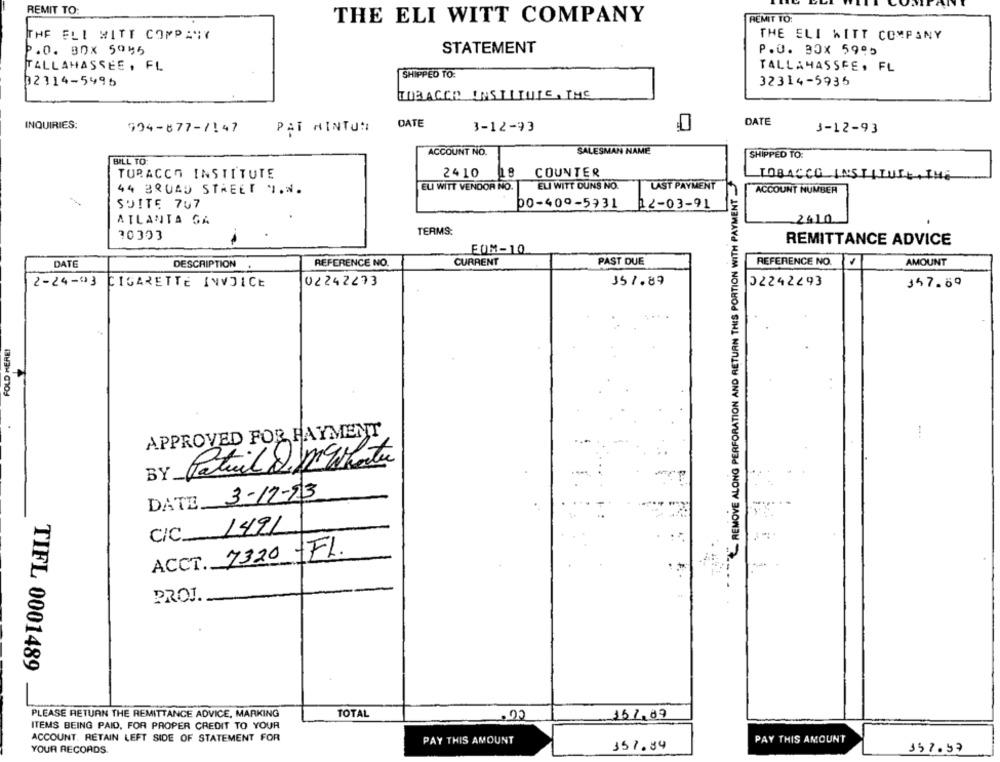
REMIT TO:
THE ELI WITT COMPANY
REMIT TO:
THE ELI WITT COMPANY
THE ELI WITT COMPANY
P.O. BOX 5086
STATEMENT
P.U. 30x 5995
TALLAHASSEE , FL
TALLAHASSEE, FL
SHIPPED TO.
02114-5995
32314-5935
TOBACCO INSTITUTE, THE
DATE
INQUIRIES:
994-877-7147
PAT HINTUN
DATE
3-12-93
3-12-93
ACCOUNT NO.
SALESMAN NAME
BILL TO:
SHIPPED TO:
TURACCH INSTITUTE
2410
COUNTER
REMOVE ALONG PERFORATION AND RETURN THIS PORTION WITH PAYMENT _
TOBACCO INSTITUTE, THE
44 BROAD STREET I.N.
ELI WITT VENDOR NO.
ELI WITT DUNS NO.
LAST PAYMENT
ACCOUNT NUMBER
SUITE 707
00-400-5931
12-03-91
ATLANTA GA
2410
70303
TERMS:
REMITTANCE ADVICE
EOM-10
DATE
DESCRIPTION
REFERENCE NO.
CURRENT
PAST DUE
REFERENCE NO.
AMOUNT
2-24-03
02242273
151.89
02242293
357.89
CIGARETTE INVOICE
FOLD HERE!
APPROVED FOR PAYMENT
Patril D.po Gshorten
BY.
DATE 3-17-23
C/C 1491
ACCT. 7320 -FL.
PROJ.
TIFL 0001489
PLEASE RETURN THE REMITTANCE ADVICE, MARKING
TOTAL
15.1.07
ITEMS BEING PAID, FOR PROPER CREDIT TO YOUR
ACCOUNT. RETAIN LEFT SIDE OF STATEMENT FOR
PAY THIS AMOUNT
PAY THIS AMOUNT
151.84
YOUR RECORDS.
157.97